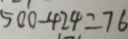
5 0 0 - 4 2 4 = 7 6